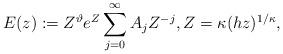
LaTeX: \begin{align*}{E}(z):=Z^\vartheta e^Z\sum_{j=0}^\infty A_jZ^{-j}, Z=\kappa (hz)^{1/\kappa},\end{align*}